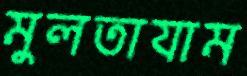
মুলতাযাম